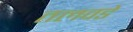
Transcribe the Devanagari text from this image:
तलवडे